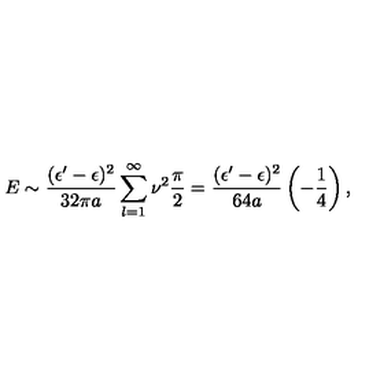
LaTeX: E \sim { \frac { ( \epsilon ^ { \prime } - \epsilon ) ^ { 2 } } { 3 2 \pi a } } \sum _ { l = 1 } ^ { \infty } \nu ^ { 2 } { \frac { \pi } { 2 } } = { \frac { ( \epsilon ^ { \prime } - \epsilon ) ^ { 2 } } { 6 4 a } } \left( - { \frac { 1 } { 4 } } \right) ,